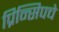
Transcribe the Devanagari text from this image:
प्रिन्सिपचे